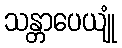
သန္တာပေယျုံ